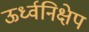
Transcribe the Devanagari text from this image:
ऊर्ध्वनिक्षेप